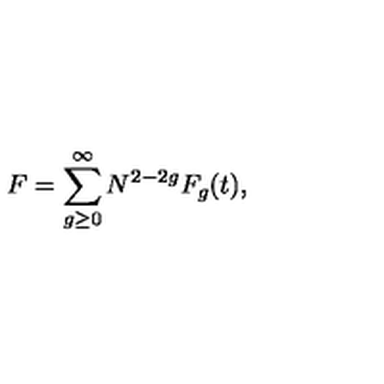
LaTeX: F = \sum _ { g \ge 0 } ^ { \infty } N ^ { 2 - 2 g } F _ { g } ( t ) ,